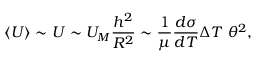
\left< U \right> \sim U \sim U _ { M } { \frac { h ^ { 2 } } { R ^ { 2 } } } \sim { \frac { 1 } { \mu } } { \frac { d \sigma } { d T } } \Delta T \ \theta ^ { 2 } ,